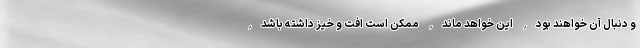
و دنبال آن خواهند بود, این خواهد ماند, ممکن است افت و خیز داشته باشد,